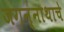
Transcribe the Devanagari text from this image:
जगन्‍नाथाचे